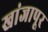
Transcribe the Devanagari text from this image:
खांजापूर